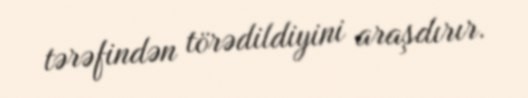
tərəfindən törədildiyini araşdırır.